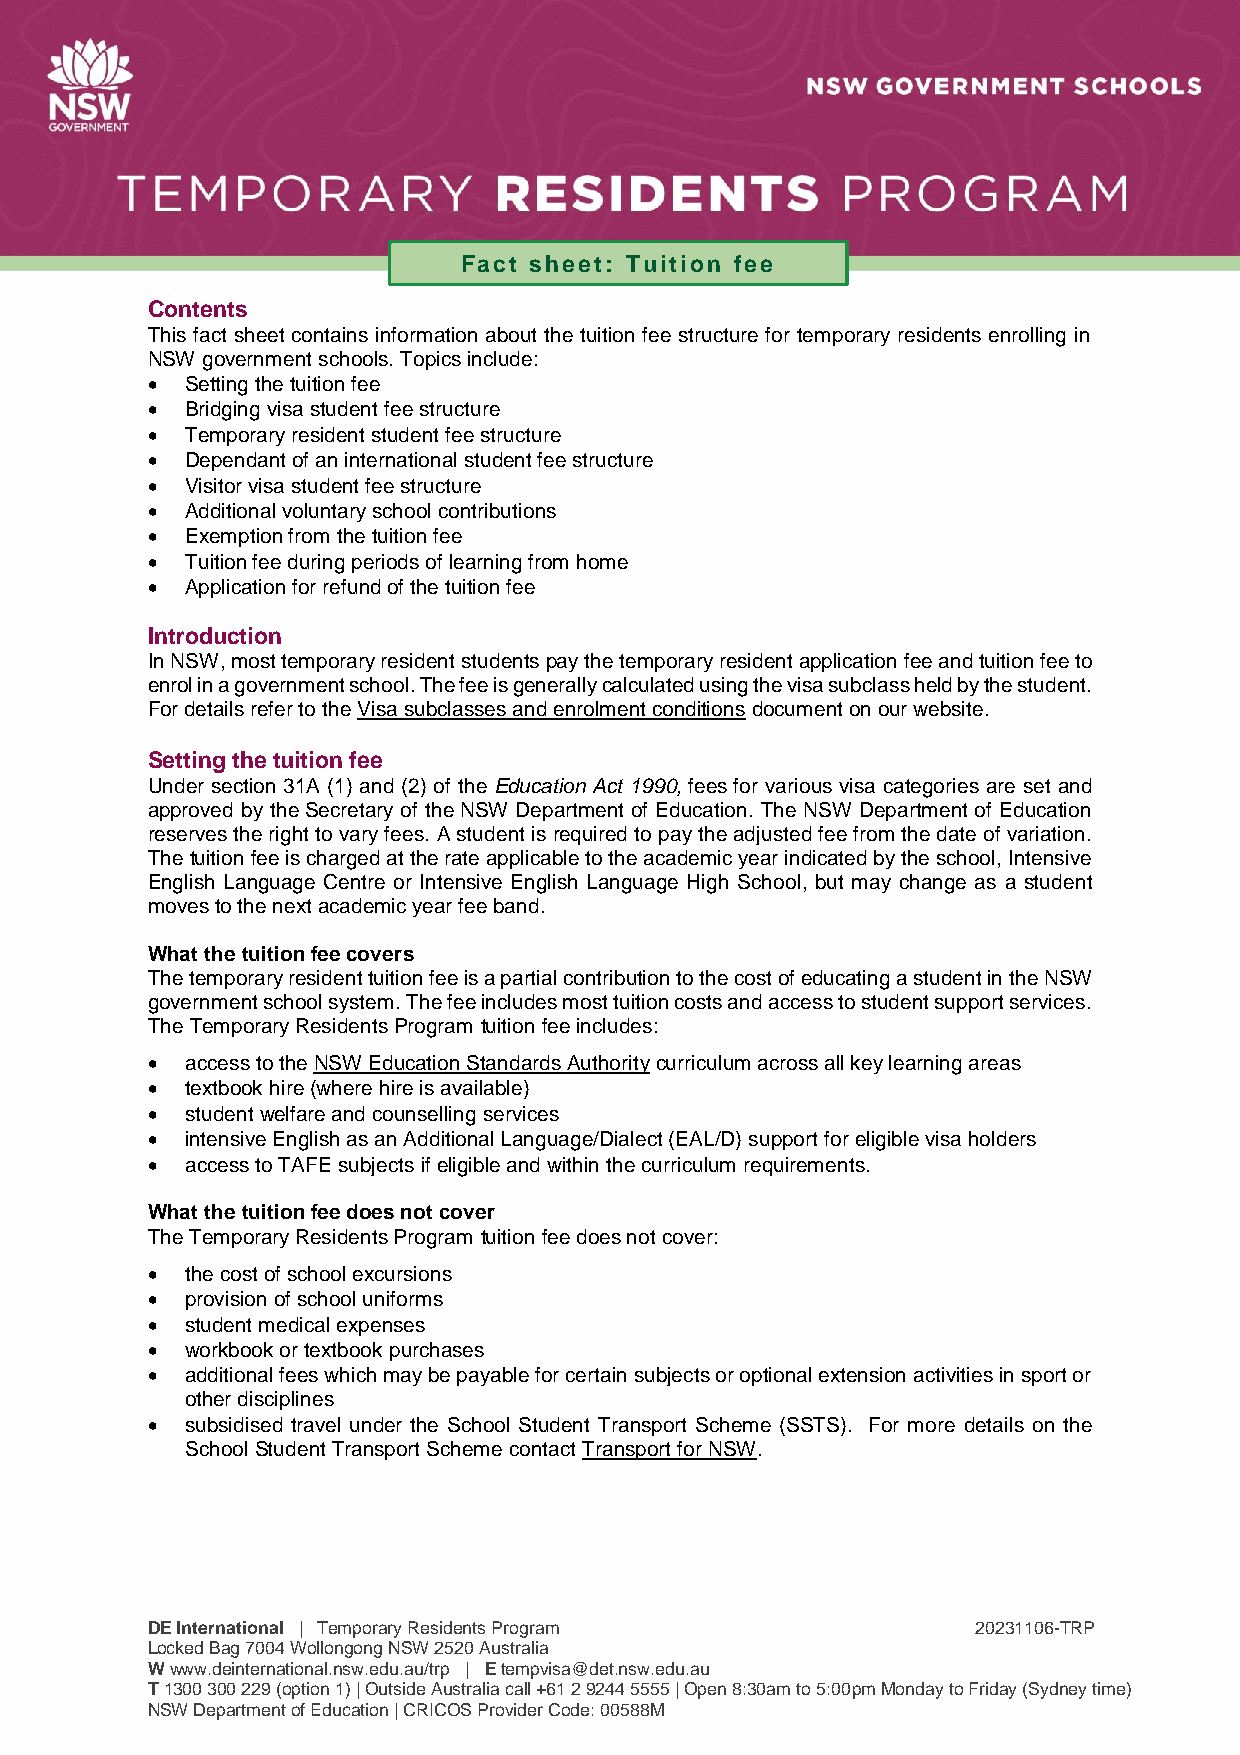
Fact sheet: Tuition fee
 Contents
 This fact sheet contains information about the tuition fee structure for temporary residents enrolling in
 NSW government schools. Topics include:
  Setting the tuition fee
  Bridging visa student fee structure
  Temporary resident student fee structure
  Dependant of an international student fee structure
  Visitor visa student fee structure
  Additional voluntary school contributions
  Exemption from the tuition fee
  Tuition fee during periods of learning from home
  Application for refund of the tuition fee
 Introduction
 In NSW, most temporary resident students pay the temporary resident application fee and tuition fee to
 enrol in a government school. The fee is generally calculated using the visa subclass held by the student.
 For details refer to the Visa subclasses and enrolment conditions document on our website.
 Setting the tuition fee
 Under section 31A (1) and (2) of the Education Act 1990, fees for various visa categories are set and
 approved by the Secretary of the NSW Department of Education. The NSW Department of Education
 reserves the right to vary fees. A student is required to pay the adjusted fee from the date of variation.
 The tuition fee is charged at the rate applicable to the academic year indicated by the school, Intensive
 English Language Centre or Intensive English Language High School, but may change as a student
 moves to the next academic year fee band.
 What the tuition fee covers
 The temporary resident tuition fee is a partial contribution to the cost of educating a student in the NSW
 government school system. The fee includes most tuition costs and access to student support services.
 The Temporary Residents Program tuition fee includes:
  access to the NSW Education Standards Authority curriculum across all key learning areas
  textbook hire (where hire is available)
  student welfare and counselling services
  intensive English as an Additional Language/Dialect (EAL/D) support for eligible visa holders
  access to TAFE subjects if eligible and within the curriculum requirements.
 What the tuition fee does not cover
 The Temporary Residents Program tuition fee does not cover:
  the cost of school excursions
  provision of school uniforms
  student medical expenses
  workbook or textbook purchases
  additional fees which may be payable for certain subjects or optional extension activities in sport or
 other disciplines
  subsidised travel under the School Student Transport Scheme (SSTS). For more details on the
 School Student Transport Scheme contact Transport for NSW.
 DE International | Temporary Residents Program         20231106-TRP
 Locked Bag 7004 Wollongong NSW 2520 Australia
 W www.deinternational.nsw.edu.au/trp | E tempvisa@det.nsw.edu.au
 T 1300 300 229 (option 1) | Outside Australia call +61 2 9244 5555 | Open 8:30am to 5:00pm Monday to Friday (Sydney time)
 NSW Department of Education | CRICOS Provider Code: 00588M